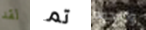
لقد تم والنجوم